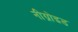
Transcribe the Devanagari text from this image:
नीग्रोइड